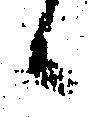
候